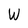
Character: W